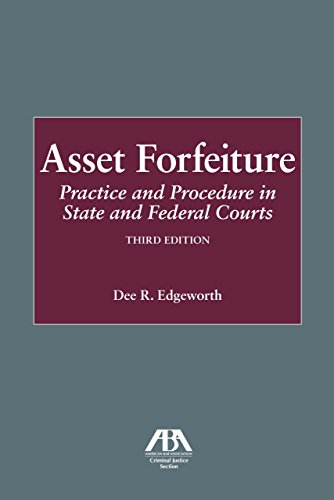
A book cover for Asset Forfeiture: Practice and Procedure in State and Federal Courts; Dee R. Edgeworth; Biographies & Memoirs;